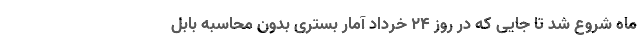
ماه شروع شد تا جایی که در روز ۲۴ خرداد آمار بستری بدون محاسبه بابل